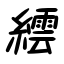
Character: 繧